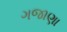
ગજાણા